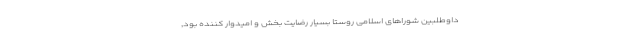
داوطلبین شوراهای اسلامی روستا بسیار رضایت بخش و امیدوار کننده بود,